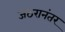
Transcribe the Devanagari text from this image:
जठरानंतर